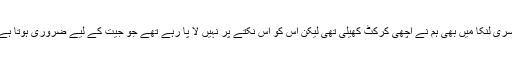
’سری لنکا میں بھی ہم نے اچھی کرکٹ کھیلی تھی لیکن اس کو اس نکتے پر نہیں لا پا رہے تھے جو جیت کے لیے ضروری ہوتا ہے۔